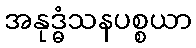
အနုဒ္ဓံသနပစ္စယာ